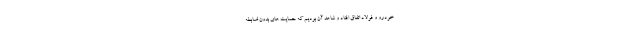
خودرو و فولاد اتفاق افتاد و شاهد آن بودیم که حمایت های بدون ضابطه